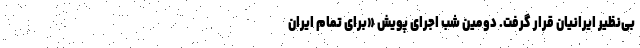
بی‌نظیر ایرانیان قرار گرفت. دومین شب اجرای پویش «برای تمام ایران